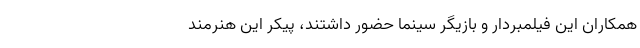
همکاران این فیلمبردار و بازیگر سینما حضور داشتند، پیکر این هنرمند